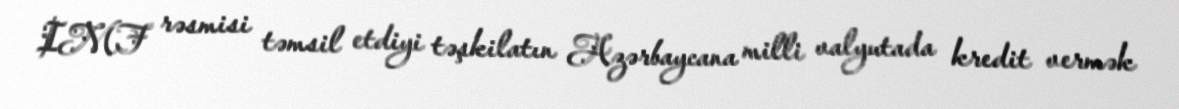
IMF rəsmisi təmsil etdiyi təşkilatın Azərbaycana milli valyutada kredit vermək